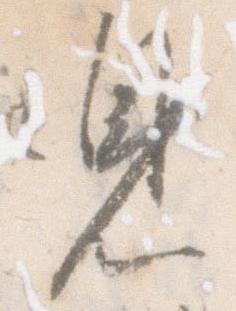
見